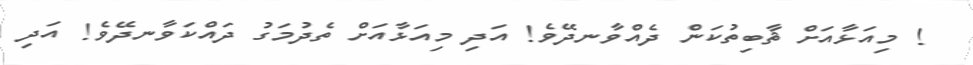
! މިއަޅާއަށް ޘާބިތުކަން ދެއްވާނދޭވެ! އަދި މިއަޅާއަށް ތެދުމަގު ދައްކަވާނދޭވެ! އަދި